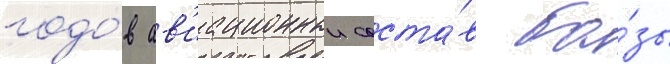
годо́в ав'иационныи соста́в ба́зы